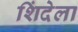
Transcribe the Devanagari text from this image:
शिंदेला